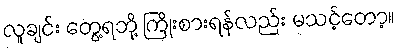
လူချင်း တွေ့ရဘို့ ကြိုးစားရန်လည်း မသင့်တော့။